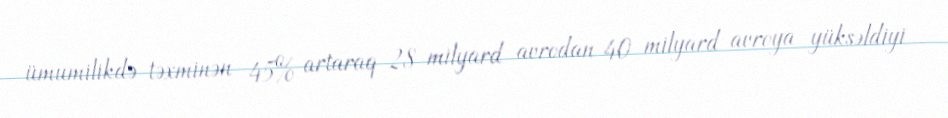
ümumilikdə təxminən 45% artaraq 28 milyard avrodan 40 milyard avroya yüksəldiyi